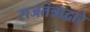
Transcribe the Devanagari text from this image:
राजतंत्राद्वारे